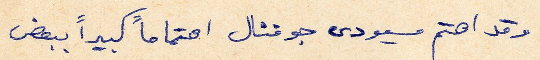
وقد اهتم مسيو دى جوفنال اهتماماً كبيراً ببعض